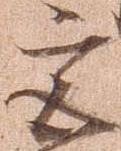
宮